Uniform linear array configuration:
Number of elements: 16
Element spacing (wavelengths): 0.25
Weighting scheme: kaiser
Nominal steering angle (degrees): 60
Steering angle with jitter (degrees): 60.034
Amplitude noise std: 0.05
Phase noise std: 0.05

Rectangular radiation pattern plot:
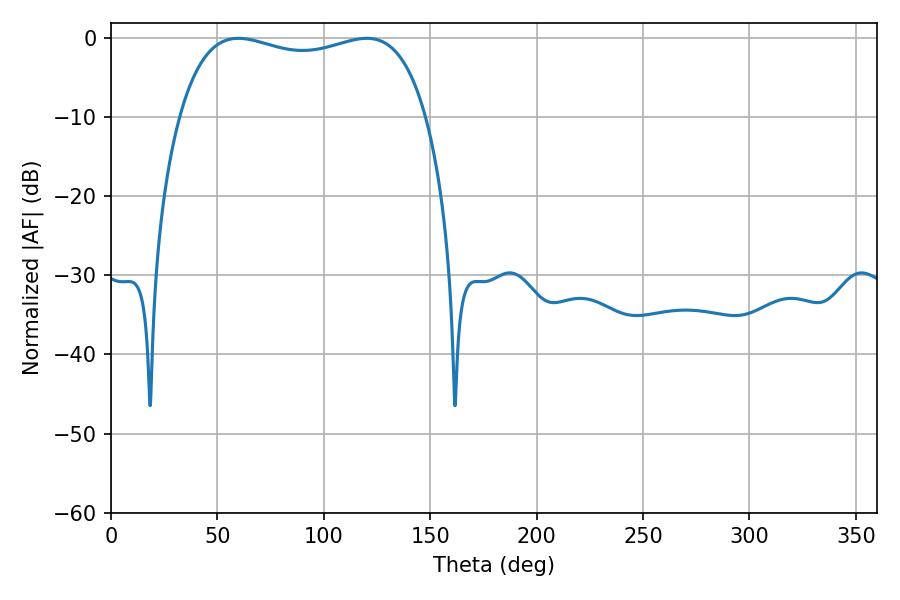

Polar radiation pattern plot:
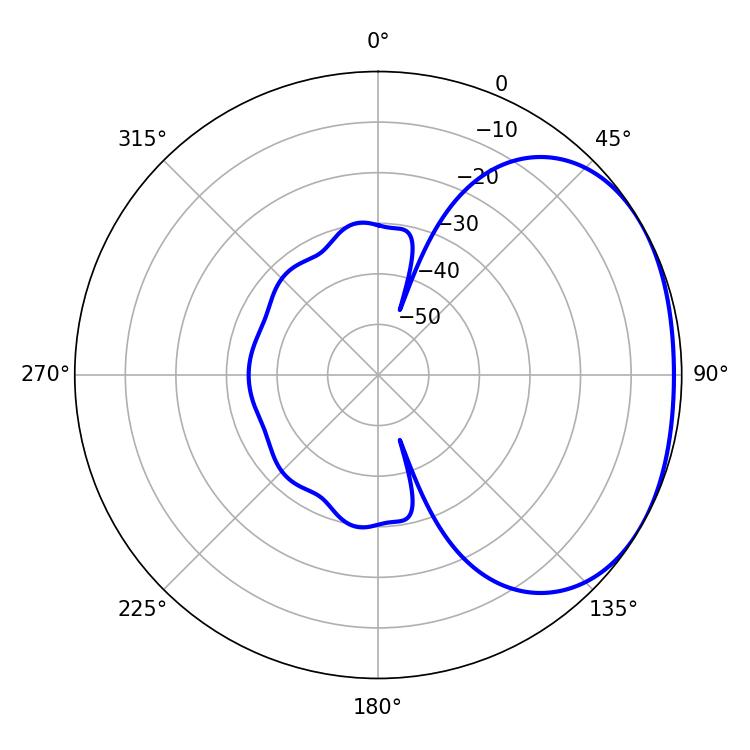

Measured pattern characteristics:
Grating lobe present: FALSE
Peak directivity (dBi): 1.886
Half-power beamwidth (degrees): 94.68
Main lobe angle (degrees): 59.76